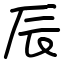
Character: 辰